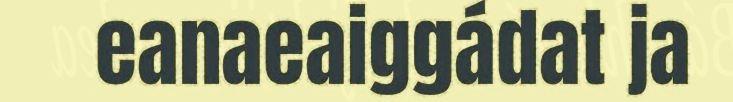
eanaeaiggádat ja